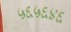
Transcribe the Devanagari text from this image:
५६५६४६